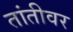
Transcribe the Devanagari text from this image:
तांतीवर